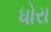
ધોરા